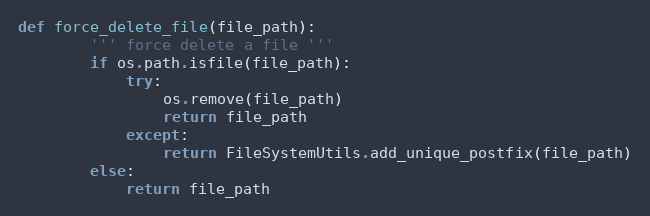
Language: Python
def force_delete_file(file_path):
        ''' force delete a file '''
        if os.path.isfile(file_path):
            try:
                os.remove(file_path)
                return file_path
            except:
                return FileSystemUtils.add_unique_postfix(file_path)
        else:
            return file_path